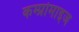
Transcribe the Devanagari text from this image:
कम्प्रोमाइज